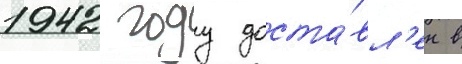
1942 году доста́вл'ен в